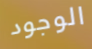
الوجود